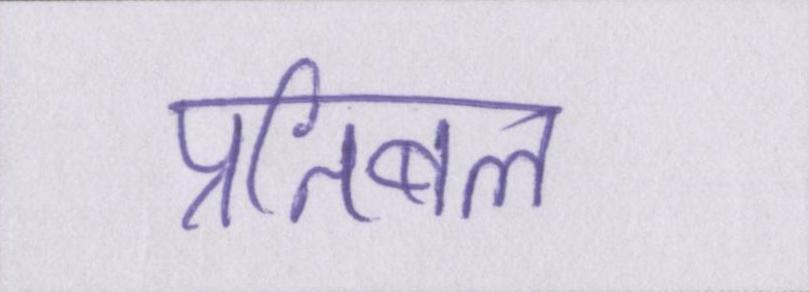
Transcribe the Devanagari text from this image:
प्रतिबल